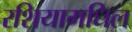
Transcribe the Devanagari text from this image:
रशियामधिल